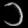
Digit: ၁